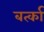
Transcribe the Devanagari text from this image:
बर्त्का